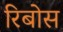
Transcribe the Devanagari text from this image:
रिबोस